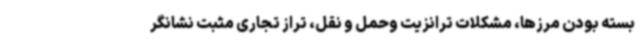
بسته بودن مرزها، مشکلات ترانزیت وحمل و نقل، تراز تجاری مثبت نشانگر